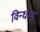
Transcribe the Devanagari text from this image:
विन्धाम